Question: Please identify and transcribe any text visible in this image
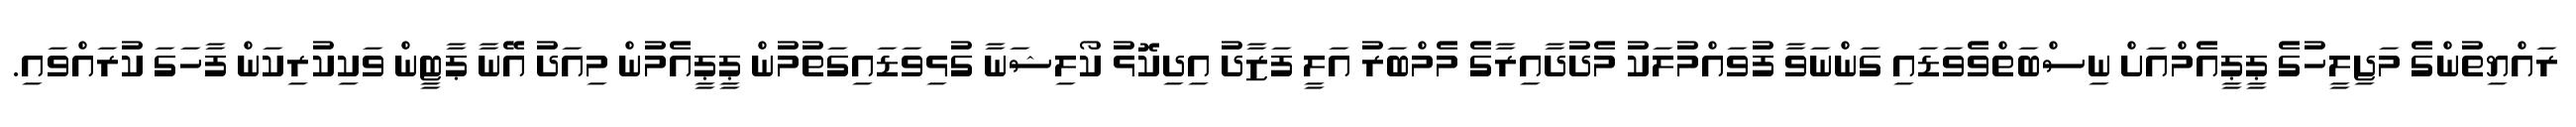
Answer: ރައްޔިތުންގެ މަޖިލީހުގެ ޕީޕީއެމްއަށް ނިސްބަތްވެވަޑައި ގަންނަވާ ފުވައްމުލަކު މެދުދާއިރާގެ މެމްބަރު އަލީ ފަޒާދު އިދިކޮޅު ކޯލިޝަނާ ގުޅިވަޑައިގަތުމުން ޕީޕީއެމުން މިއަދު އޭނާ ޕާޓީން ވަކިކުރިކަން ފާހަގަ ކުރައްވައި.